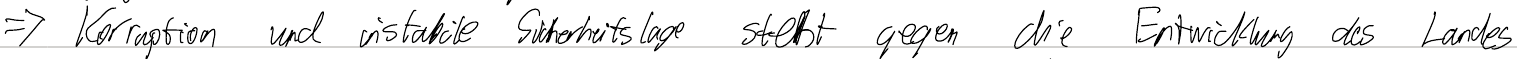
=> Korruption und instabile Sicherheitslage steht gegen die Entwicklung des Landes